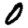
Digit: 0